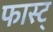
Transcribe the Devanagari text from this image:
फास्ट्